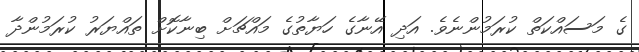
ގެ މަސައްކަތް ކުރަމުންނެވެ. އަދި އޭނާގެ ހަޔާތުގެ މައްޗަށް ބިނާކޮށް ތައްޔަރު ކުރަމުންދާ